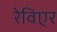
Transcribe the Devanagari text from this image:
रेविएर